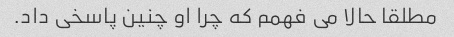
مطلقا حالا می فهمم که چرا او چنین پاسخی داد.